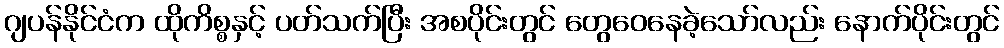
ဂျပန်နိုင်ငံက ထိုကိစ္စနှင့် ပတ်သက်ပြီး အစပိုင်းတွင် တွေဝေနေခဲ့သော်လည်း နောက်ပိုင်းတွင်